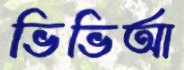
ভিভিআ